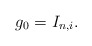
\begin{align*} g_0=I_{n,i}.\end{align*}